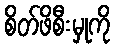
စိတ်ဖိစီးမှုကို